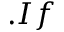
. I f